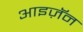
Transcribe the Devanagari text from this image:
आइज़ॅन